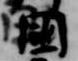
国